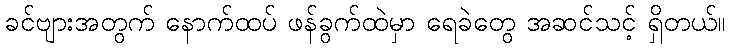
ခင်ဗျားအတွက် နောက်ထပ် ဖန်ခွက်ထဲမှာ ရေခဲတွေ အဆင်သင့် ရှိတယ်။